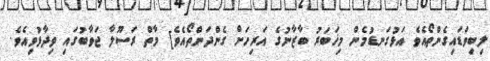
ލިބިވަޑައިގެންތޯއެވެ އަޅުގަނޑުމެން މިޚަބަރު ބާޒާނުގެ އަރިހަށް ގެންދަންތޯއެވެ] މާތް ރަސޫލާ ޖަވާބުގައި ވިދާޅުވިއެވެ.